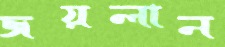
জয়লান